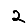
Digit: 2